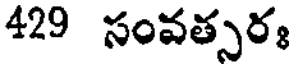
429 సంవత్సరః